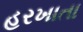
હરખાતા